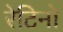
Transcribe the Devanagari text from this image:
रेटिनो